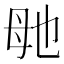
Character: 毑